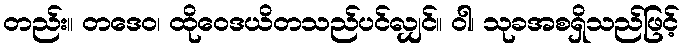
တည်း။ တဒေဝ၊ ထိုဝေဒယိတသည်ပင်လျှင်။ ဝါ၊ သုခအစရှိသည်ဖြင့်